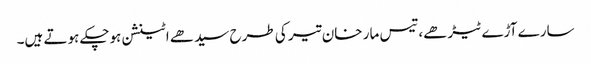
سارے آڑے ٹیڑھے، تیس مار خان تیر کی طرح سیدھے اٹینشن ہوچکے ہوتے ہیں۔